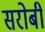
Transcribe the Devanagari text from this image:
सरोबी